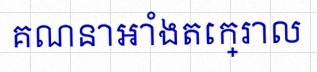
គណនាអាំងតេក្រាល